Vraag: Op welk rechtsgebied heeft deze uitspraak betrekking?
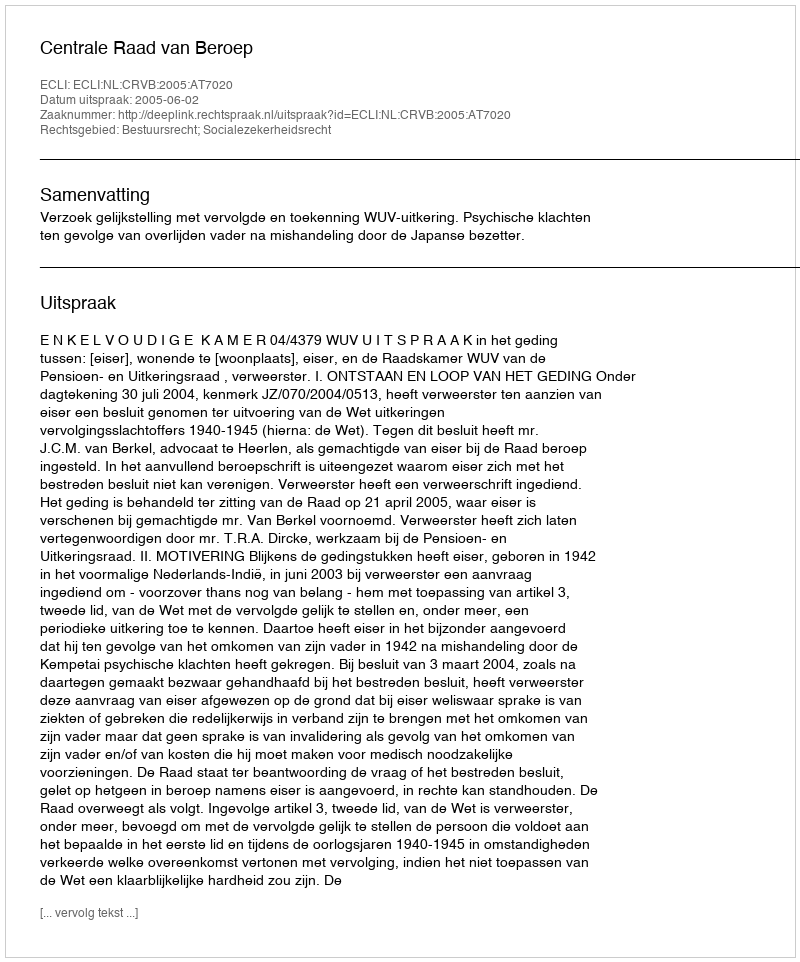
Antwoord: Bestuursrecht; Socialezekerheidsrecht